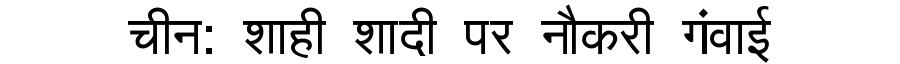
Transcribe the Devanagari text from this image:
चीन: शाही शादी पर नौकरी गंवाई